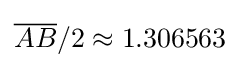
{\overline {AB}}/2\approx 1.306563